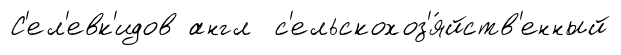
С'ел'евк'идов англ с'ельскохоз'я́йств'енный